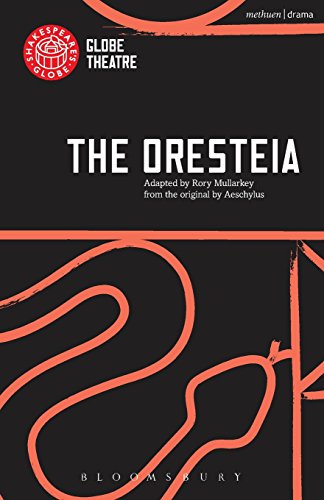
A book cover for The Oresteia (Modern Plays); Aeschylus; Literature & Fiction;